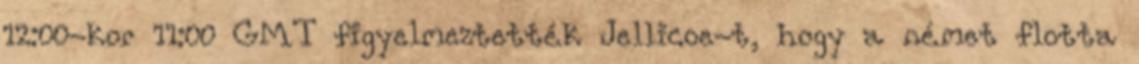
12:00-kor 11:00 GMT figyelmeztették Jellicoe-t, hogy a német flotta